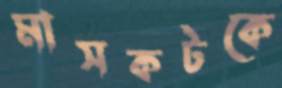
মাসকটকে